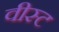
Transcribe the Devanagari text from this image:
वीस्ट